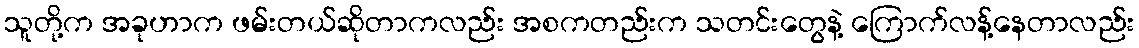
သူတို့က အခုဟာက ဖမ်းတယ်ဆိုတာကလည်း အစကတည်းက သတင်းတွေနဲ့ ကြောက်လန့်နေတာလည်း